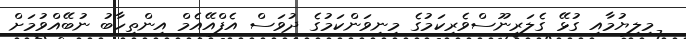
މިލިޔުމާއި ގުޅޭ ގެލަރީނޫސްވެރިކަމުގެ މިނިވަންކަމުގެ ދުވަސް އެފްއޭއެމް އިންތިހާބު ނުބޭއްވުމަށް